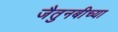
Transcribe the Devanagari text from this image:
जैतुनबीच्या